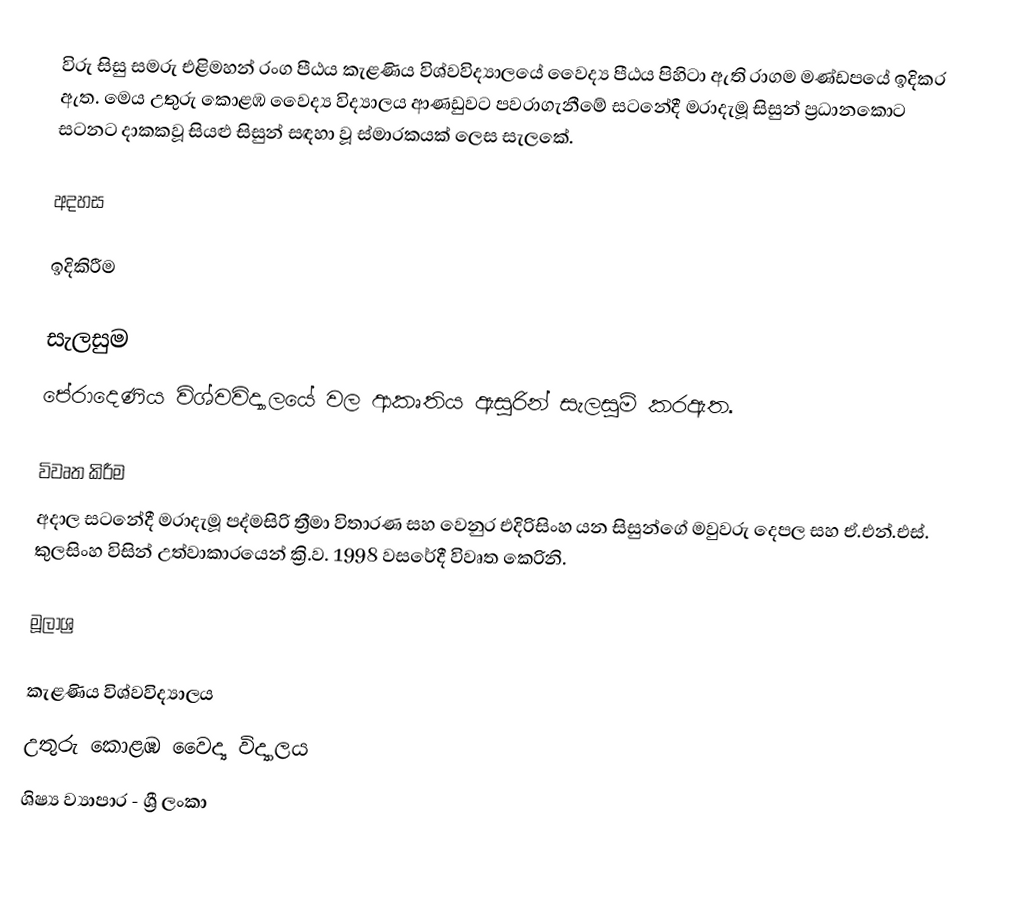
විරු සිසු සමරු එළිමහන් රංග පීඨය කැළණිය විශ්වවිද්‍යාලයේ වෛද්‍ය පීඨය පිහිටා ඇති රාගම මණ්ඩපයේ ඉදිකර ඇත. මෙය උතුරු කොළඹ වෛද්‍ය විද්‍යාලය ආණඩුවට පවරාගැනීමේ සටනේදී මරාදැමූ සිසුන් ප්‍රධානකොට සටනට දාකකවූ සියළු සිසුන් සඳහා වූ ස්මාරකයක් ලෙස සැලකේ.

අදහස

ඉදිකිරීම

සැලසුම
පේරාදෙණිය‍ විශ්වවිද්‍යාලයේ වල ආකෘතිය ඇසුරින් සැලසුම් කරඇත.

විවෘත කිරීම
අදාල සටනේදී මරාදැමූ පද්මසිරි ත්‍රීමා විතාරණ සහ වෙනුර එදිරිසිංහ යන සිසුන්ගේ මවුවරු දෙපල සහ ඒ.එන්.එස්. කුලසිංහ  විසින් උත්වාකාරයෙන් ක්‍රි.ව. 1998 වසරේදී විවෘත කෙරිනි.

මූලාශ්‍ර

කැළණිය විශ්වවිද්‍යාලය
උතුරු කොළඹ වෛද්‍ය විද්‍යාලය
ශිෂ්‍ය ව්‍යාපාර - ශ්‍රී ලංකා